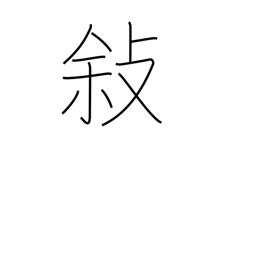
Meaning: relate